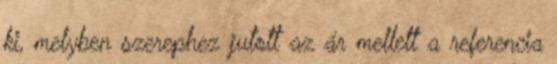
ki, melyben szerephez jutott az ár mellett a referencia